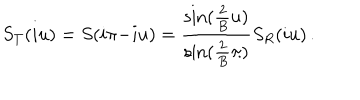
S _ { T } ( i u ) = S ( i \pi { - } i u ) = \frac { \sin ( \frac { 2 } { B } u ) } { \sin ( \frac { 2 } { B } \pi ) } S _ { R } ( i u ) \, .